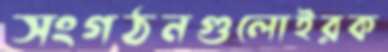
সংগঠনগুলোইরক